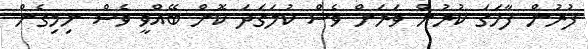
ފުރުން ފާހަގަ ކުރުން ވަރަށް ވެސް ކުލަގަދަ ކޮށް ބޭއްވީ ވެސް ނިމިގެން